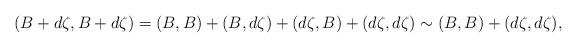
LaTeX: \begin{align*}(B+d\zeta, B+d\zeta) = (B,B) + (B,d\zeta) + (d\zeta, B) + (d\zeta,d\zeta)\sim (B,B) + (d\zeta,d\zeta),\end{align*}